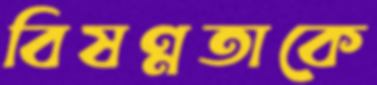
বিষণ্নতাকে